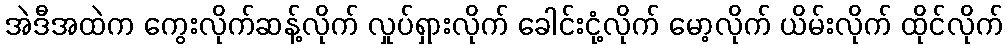
အဲဒီအထဲက ကွေးလိုက်ဆန့်လိုက် လှုပ်ရှားလိုက် ခေါင်းငုံ့လိုက် မော့လိုက် ယိမ်းလိုက် ထိုင်လိုက်